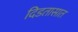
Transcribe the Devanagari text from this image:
दिडतासात